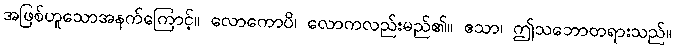
အဖြစ်ဟူသောအနက်ကြောင့်။ လောကောပိ၊ လောကလည်းမည်၏။ ဧသာ၊ ဤသဘောတရားသည်။